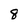
Character: 8